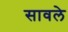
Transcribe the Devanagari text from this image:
सावले